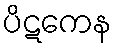
ပိဋကေန